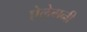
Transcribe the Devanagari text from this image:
ऐलेगनी